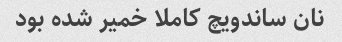
نان ساندویچ کاملا خمیر شده بود